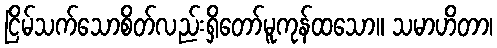
ငြိမ်သက်သောစိတ်လည်းရှိတော်မူကုန်ထသော။ သမာဟိတာ၊